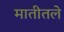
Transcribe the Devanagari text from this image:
मातीतले